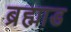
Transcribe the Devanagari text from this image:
ब्रह्माड